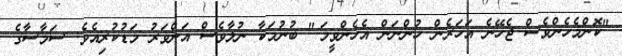
"ކޮންމެހެންވެސް ޖެހޭނެ އަހަރެން ހުންނަން އެހެންވީމަ." ބުނުމަކާ ނުލާވެސް އަންވަރު މަޑުކުރިއެވެ. ސަމާސާގެ